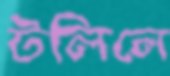
টলিলে